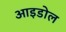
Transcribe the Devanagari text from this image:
आइडोल